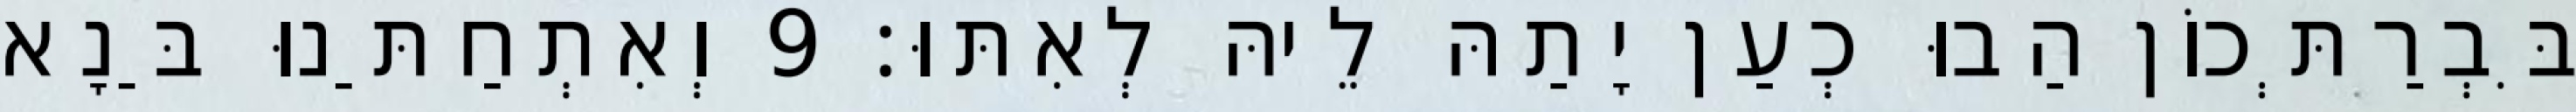
בִּבְרַתְּכוֹן הַבוּ כְעַן יָתַהּ לֵיהּ לְאִתּוּ׃ 9 וְאִתְחַתַּנוּ בַּנָא